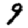
Digit: 9